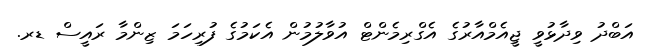
އަބްދު ވިދާޅުވީ ޖީއެމްއާރުގެ އެގްރިމެންޓް އުވާލުމުން އެކަމުގެ ފުރިހަމަ ޒިންމާ ރައީސް ޑރ.